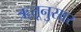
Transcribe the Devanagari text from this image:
ॠतूनुसार